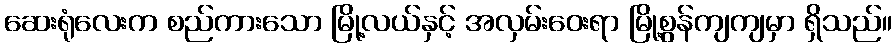
ဆေးရုံလေးက စည်ကားသော မြို့လယ်နှင့် အလှမ်းဝေးရာ မြို့စွန်ကျကျမှာ ရှိသည်။